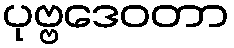
ပုဗ္ဗဒေဝတာ